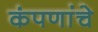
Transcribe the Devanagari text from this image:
कंपणांचे